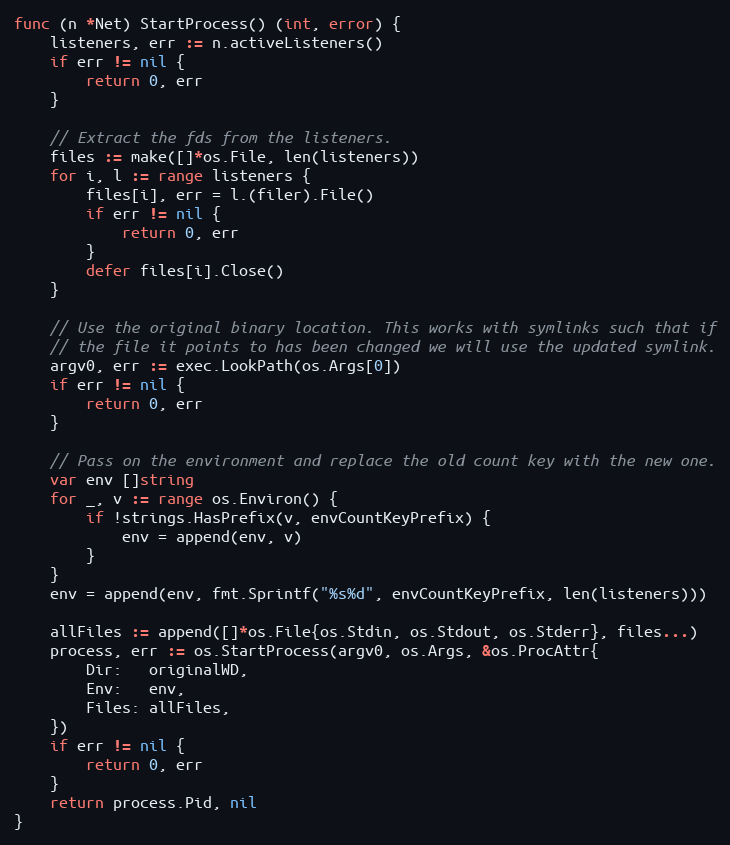
Language: Go
func (n *Net) StartProcess() (int, error) {
	listeners, err := n.activeListeners()
	if err != nil {
		return 0, err
	}

	// Extract the fds from the listeners.
	files := make([]*os.File, len(listeners))
	for i, l := range listeners {
		files[i], err = l.(filer).File()
		if err != nil {
			return 0, err
		}
		defer files[i].Close()
	}

	// Use the original binary location. This works with symlinks such that if
	// the file it points to has been changed we will use the updated symlink.
	argv0, err := exec.LookPath(os.Args[0])
	if err != nil {
		return 0, err
	}

	// Pass on the environment and replace the old count key with the new one.
	var env []string
	for _, v := range os.Environ() {
		if !strings.HasPrefix(v, envCountKeyPrefix) {
			env = append(env, v)
		}
	}
	env = append(env, fmt.Sprintf("%s%d", envCountKeyPrefix, len(listeners)))

	allFiles := append([]*os.File{os.Stdin, os.Stdout, os.Stderr}, files...)
	process, err := os.StartProcess(argv0, os.Args, &os.ProcAttr{
		Dir:   originalWD,
		Env:   env,
		Files: allFiles,
	})
	if err != nil {
		return 0, err
	}
	return process.Pid, nil
}